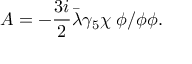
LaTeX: A = - \frac { 3 i } { 2 } { \bar { \lambda } } \gamma _ { 5 } \chi \; \phi / \phi \phi .